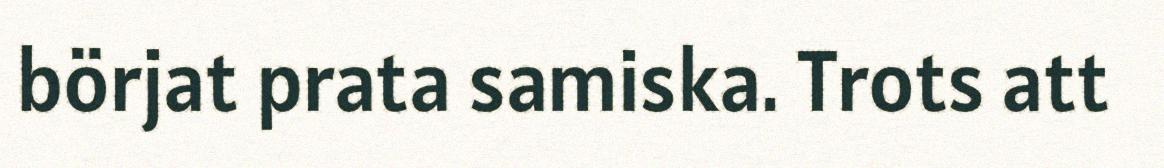
börjat prata samiska. Trots att